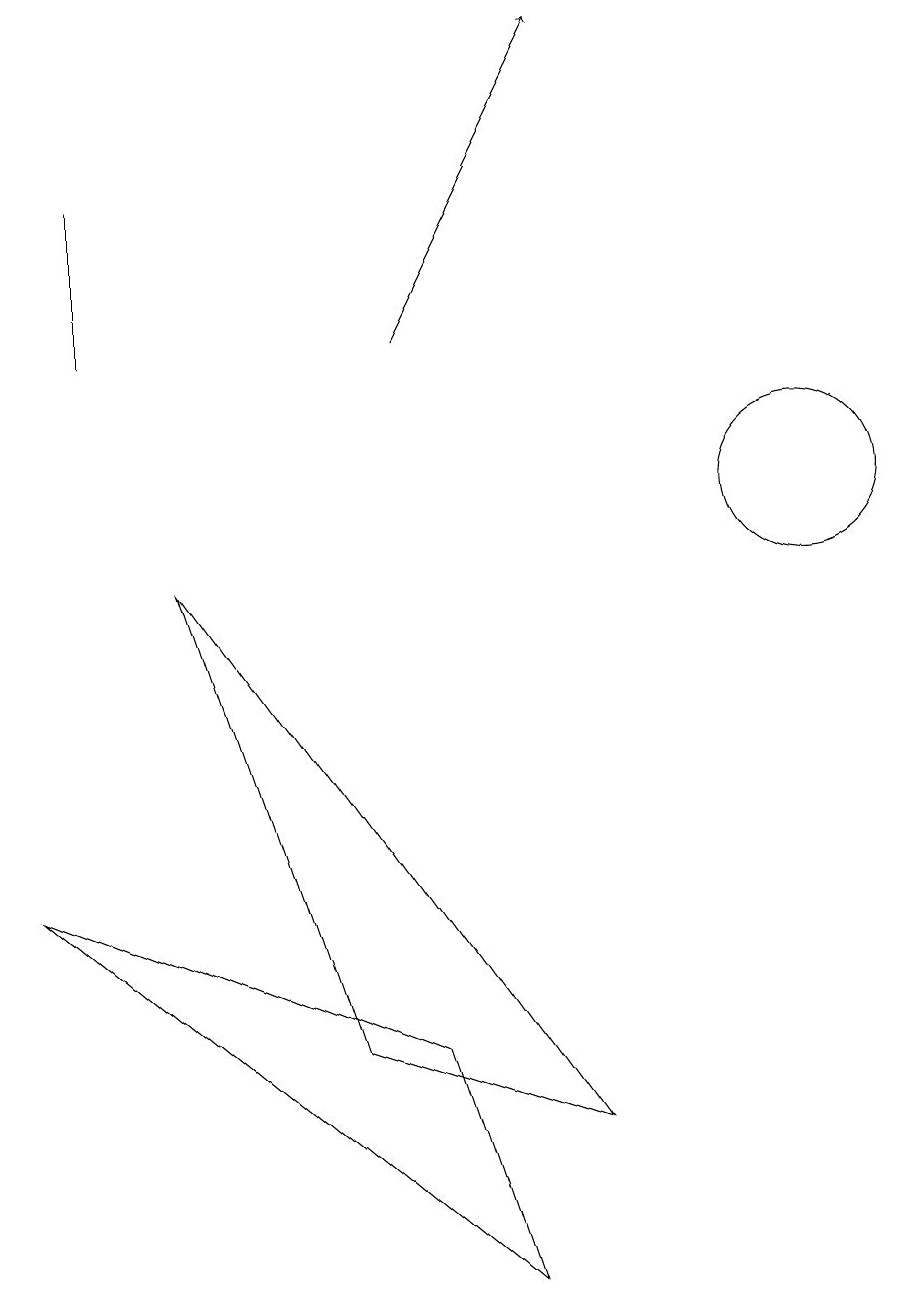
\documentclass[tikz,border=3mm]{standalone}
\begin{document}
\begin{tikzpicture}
\draw[->] (6,12) -- (8,16);
\draw (2,14) rectangle (2,12);
\draw (3,9) -- (8,2) -- (5,3) -- cycle;
\draw (7,0) -- (6,3) -- (1,5) -- cycle;
\draw (11,10) circle (1);
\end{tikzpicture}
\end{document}